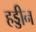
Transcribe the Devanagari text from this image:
हड्डीन